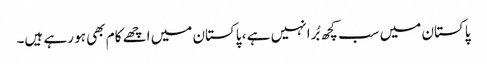
پاکستان میں سب کچھ بُرا نہیں ہے ، پاکستان میں اچھے کام بھی ہو رہے ہیں۔